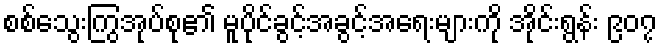
စစ်သွေးကြွအုပ်စု၏ မူပိုင်ခွင့်အခွင့်အရေးများကို အိုင်းရွန်း ၉၀၇